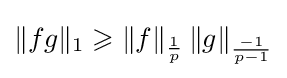
\|fg\|_{1}\geqslant \|f\|_{\frac {1}{p}}\,\|g\|_{\frac {-1}{p-1}}